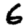
Digit: 6